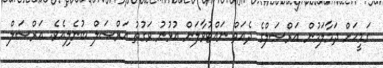
ގަމީހަށް ދަމާލަމުން އަރްސަލްގެ ދެއަތް ނައްޓުވާލަން އުޅުނު ވަގުތު އަރްސަލް ބުނެލިއެވެ. އަރްސަލް